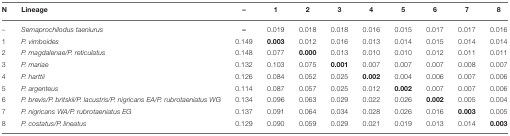
<table><thead><tr><td><b>N</b></td><td><b>Lineage</b></td><td><b>–</b></td><td><b>1</b></td><td><b>2</b></td><td><b>3</b></td><td><b>4</b></td><td><b>5</b></td><td><b>6</b></td><td><b>7</b></td><td><b>8</b></td></tr></thead><tbody><tr><td>–</td><td><i>Semaprochilodus taeniurus</i></td><td><b>–</b></td><td>0.019</td><td>0.018</td><td>0.018</td><td>0.016</td><td>0.015</td><td>0.017</td><td>0.017</td><td>0.016</td></tr><tr><td>1</td><td><i>P. vimboides</i></td><td>0.149</td><td><b>0.003</b></td><td>0.012</td><td>0.016</td><td>0.013</td><td>0.014</td><td>0.015</td><td>0.014</td><td>0.014</td></tr><tr><td>2</td><td><i>P. magdalenae/P. reticulatus</i></td><td>0.148</td><td>0.077</td><td><b>0.000</b></td><td>0.013</td><td>0.010</td><td>0.010</td><td>0.012</td><td>0.011</td><td>0.011</td></tr><tr><td>3</td><td><i>P. mariae</i></td><td>0.132</td><td>0.103</td><td>0.075</td><td><b>0.001</b></td><td>0.007</td><td>0.007</td><td>0.007</td><td>0.008</td><td>0.007</td></tr><tr><td>4</td><td><i>P. harttii</i></td><td>0.126</td><td>0.084</td><td>0.052</td><td>0.025</td><td><b>0.002</b></td><td>0.004</td><td>0.006</td><td>0.007</td><td>0.006</td></tr><tr><td>5</td><td><i>P. argenteus</i></td><td>0.114</td><td>0.087</td><td>0.057</td><td>0.025</td><td>0.012</td><td><b>0.002</b></td><td>0.007</td><td>0.007</td><td>0.006</td></tr><tr><td>6</td><td><i>P. brevis/P. britskii/P. lacustris/P. nigricans EA/P. rubrotaeniatus WG</i></td><td>0.134</td><td>0.096</td><td>0.063</td><td>0.029</td><td>0.022</td><td>0.026</td><td><b>0.002</b></td><td>0.005</td><td>0.004</td></tr><tr><td>7</td><td><i>P. nigricans WA/P. rubrotaeniatus EG</i></td><td>0.137</td><td>0.091</td><td>0.064</td><td>0.034</td><td>0.028</td><td>0.026</td><td>0.016</td><td><b>0.003</b></td><td>0.005</td></tr><tr><td>8</td><td><i>P. costatus/P. lineatus</i></td><td>0.129</td><td>0.090</td><td>0.059</td><td>0.029</td><td>0.021</td><td>0.019</td><td>0.013</td><td>0.014</td><td><b>0.003</b></td></tr></tbody></table>